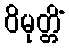
ဝိမုတ္တိံ